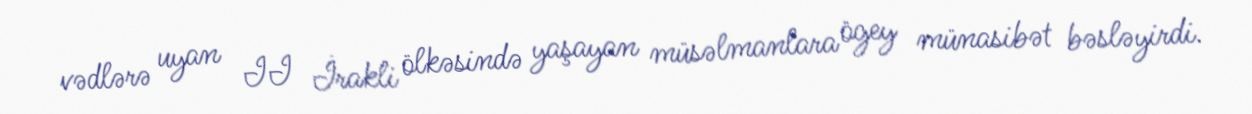
vədlərə uyan II İrakli ölkəsində yaşayan müsəlmanlara ögey münasibət bəsləyirdi.